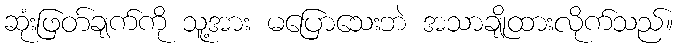
ဆုံးဖြတ်ချက်ကို သူ့အား မပြောသေးဘဲ အသာချိုထားလိုက်သည်။